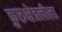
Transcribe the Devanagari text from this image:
कुरुक्षेत्रलीला